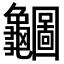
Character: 𪛇